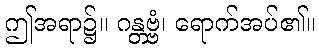
ဤအရာ၌။ ဂန္တဗ္ဗံ၊ ရောက်အပ်၏။